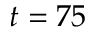
t = 7 5